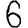
Digit: 6